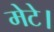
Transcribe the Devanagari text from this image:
मेटे।